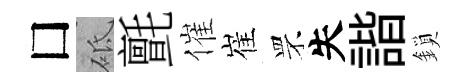
□砥氈催崔罘失諧鎖